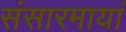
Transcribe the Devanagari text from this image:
संसारमायां